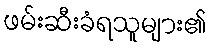
ဖမ်းဆီးခံရသူများ၏